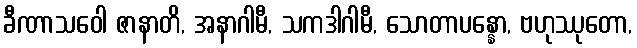
ခီဏာသဝေါ ဇာနာတိ, အနာဂါမီ, သကဒါဂါမီ, သောတာပန္နော, ဗဟုဿုတော,